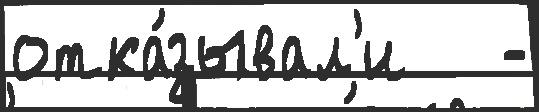
отка́зывал'и   -